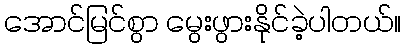
အောင်မြင်စွာ မွေးဖွားနိုင်ခဲ့ပါတယ်။